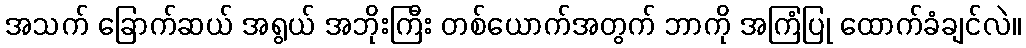
အသက် ခြောက်ဆယ် အရွယ် အဘိုးကြီး တစ်ယောက်အတွက် ဘာကို အကြံပြု ထောက်ခံချင်လဲ။